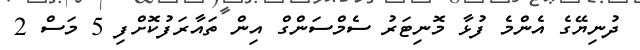
ދުނިޔޭގެ އެންމެ ފުޅާ މޮނިޓަރު ސެމްސަންގް އިން ތައާރަފުކޮށްފި 5 މަސް 2